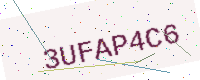
Text: 3UFAP4C6